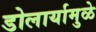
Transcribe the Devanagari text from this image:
डोलार्यामुळे